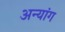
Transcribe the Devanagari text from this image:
अन्यांग